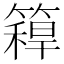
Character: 𥳼